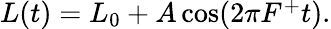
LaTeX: \begin{array}{r}{L(t)=L_{0}+A\cos(2\pi F^{+}t).}\end{array}